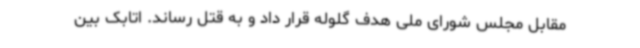
مقابل مجلس شورای ملی هدف گلوله قرار داد و به قتل رساند. اتابک بین